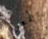
بطعن